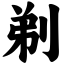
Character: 剃